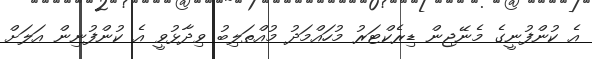
އެ ކުންފުނީގެ މެނޭޖިން ޑިރެކްޓަރު މުހައްމަދު މުއްތަލިބު ވިދާޅުވީ އެ ކުންފުނިން އަލަށް